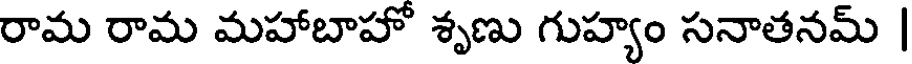
రామ రామ మహాబాహో శృణు గుహ్యం సనాతనమ్ |